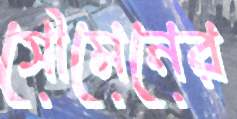
সৌমেনের